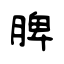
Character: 脾